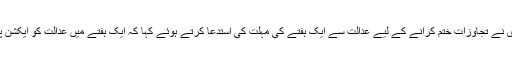
طارق فضل چوہدری نے تجاوزات ختم کرانے کے لیے عدالت سے ایک ہفتے کی مہلت کی استدعا کرتے ہوئے کہا کہ ایک ہفتے میں عدالت کو ایکشن پلان پیش کریں گے۔